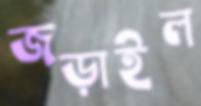
জড়াইল